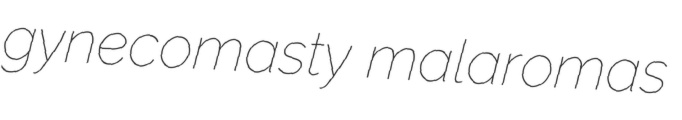
gynecomasty malaromas